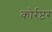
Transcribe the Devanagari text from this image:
कोर्रप्टर